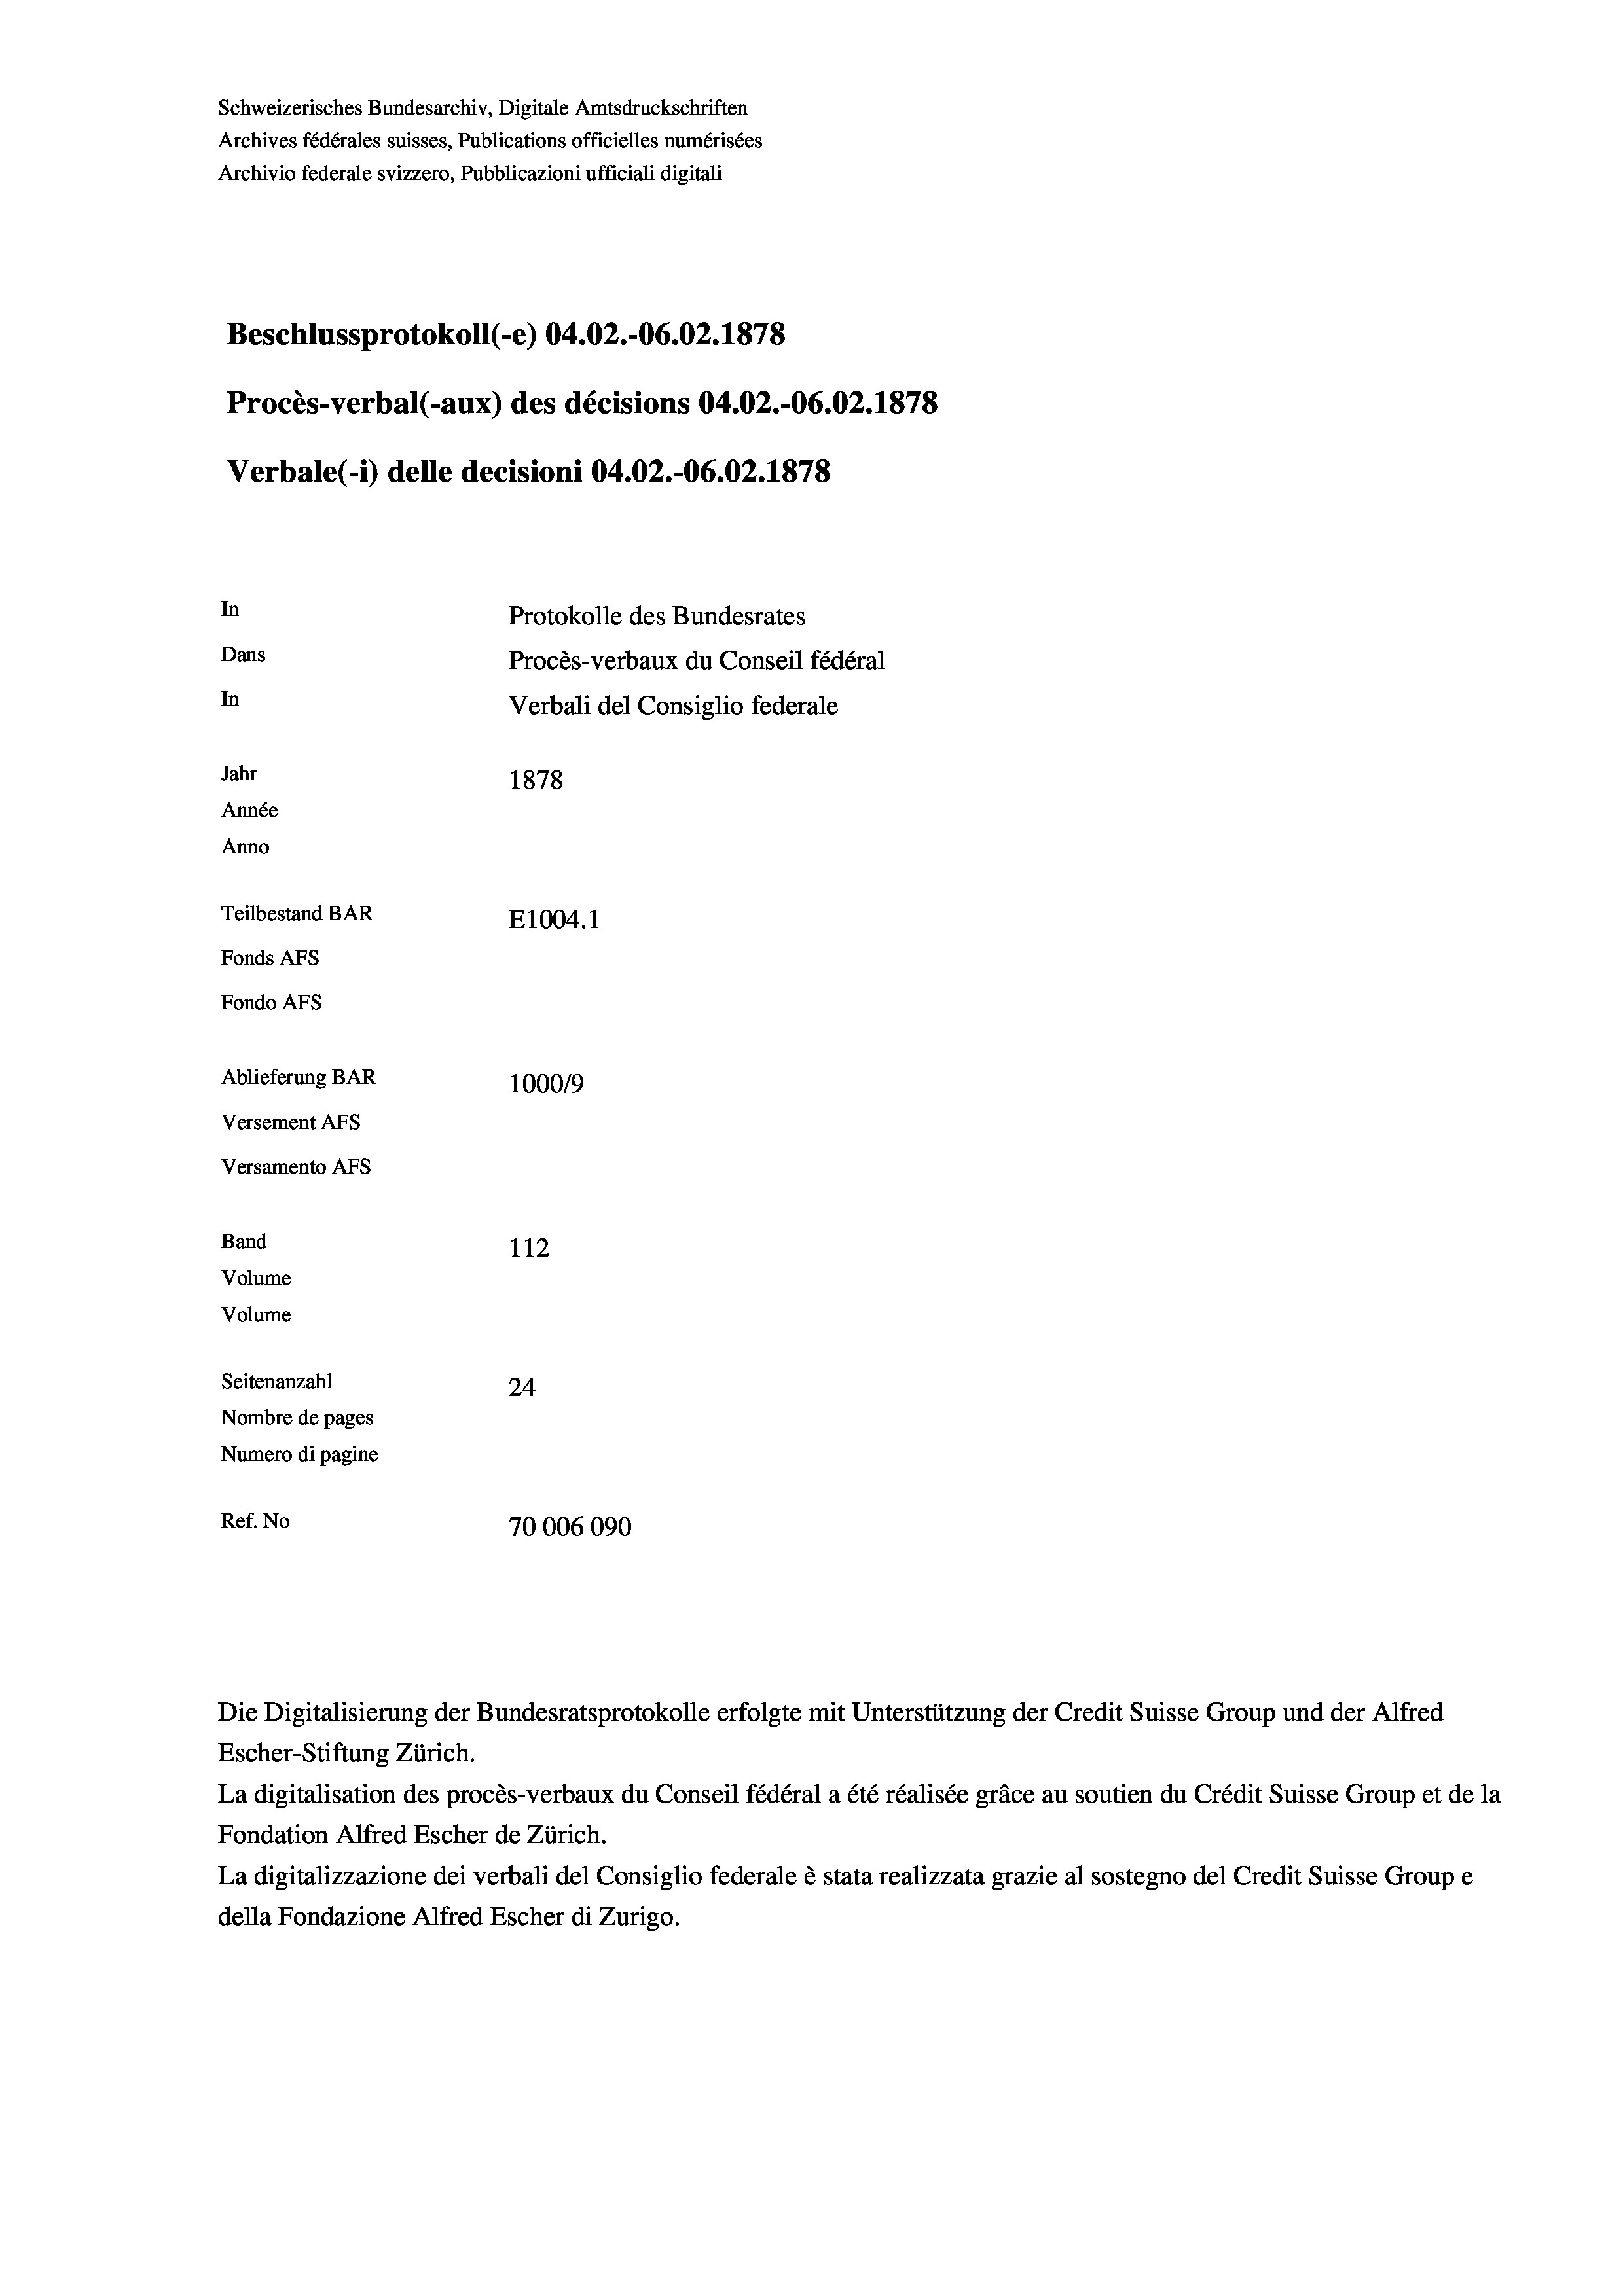
Schweizerisches Bundesarchiv, Digitale Amtsdruckschriften
Archives fédérales suisses, Publications officielles numérisées
Archivio federale svizzero, Pubblicazioni ufficiali digitali
Beschlussprotokoll (-e) 04.02.-06.02. 1878
Procès-verbal (-aux) des décisions 04.02.-06.02. 1878
Verbale(-*) delle decisioni 04.02.-06.02. 1878
In
Protokolle des Bundesrates
Dans
Procès-verbaux du Conseil fédéral
In
Verbali del Consiglio federale
Jahr
1878
Année
Anno
Teilbestand BAR
E1004. 1
Fonds AFs
Fondo Afs
Ablieferung BAR
100019
Versement AFs
Versamento AFS
Band
112
Volume
Volume
Seitenanzahl
24
Nombre de pages
Numero di pagine
Ref. No
70006090

Escher-Stiftung Zürich.
La digitalisation des procès-verbaux du Conseil fédéral a été réalisée gräce au soutien du Crédit Suisse Group et de la
Fondation Alfred Escher de Zürich.
La digitalizzazione dei verbali del Consiglio federale è stata realizzata grazie al sostegno del Credit Suisse Groupe
della Fondazione Alfred Escher di Zurigo.

Die Digitalisierung der Bundesratsprotokolle erfolgte mit Unterstützung der Credit Suisse Group und der Alfred